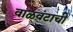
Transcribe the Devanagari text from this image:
वाळवंटाची